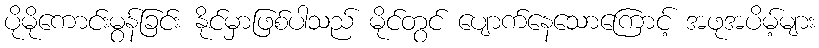
ပိုမိုကောင်းမွန်ခြင်း နိုင်မှာဖြစ်ပါသည် မိုင်တွင် ပျောက်နေသောကြောင့် အဖုအပိမ့်များ